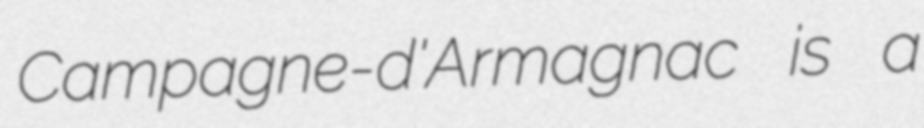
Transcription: Campagne-d'Armagnac is a